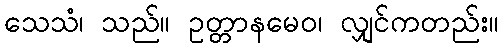
သေသံ၊ သည်။ ဥတ္တာနမေဝ၊ လျှင်ကတည်း။